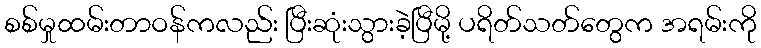
စစ်မှုထမ်းတာဝန်ကလည်း ပြီးဆုံးသွားခဲ့ပြီမို့ ပရိတ်သတ်တွေက အရမ်းကို